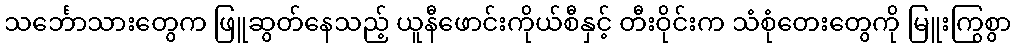
သင်္ဘောသားတွေက ဖြူဆွတ်နေသည့် ယူနီဖောင်းကိုယ်စီနှင့် တီးဝိုင်းက သံစုံတေးတွေကို မြူးကြွစွာ